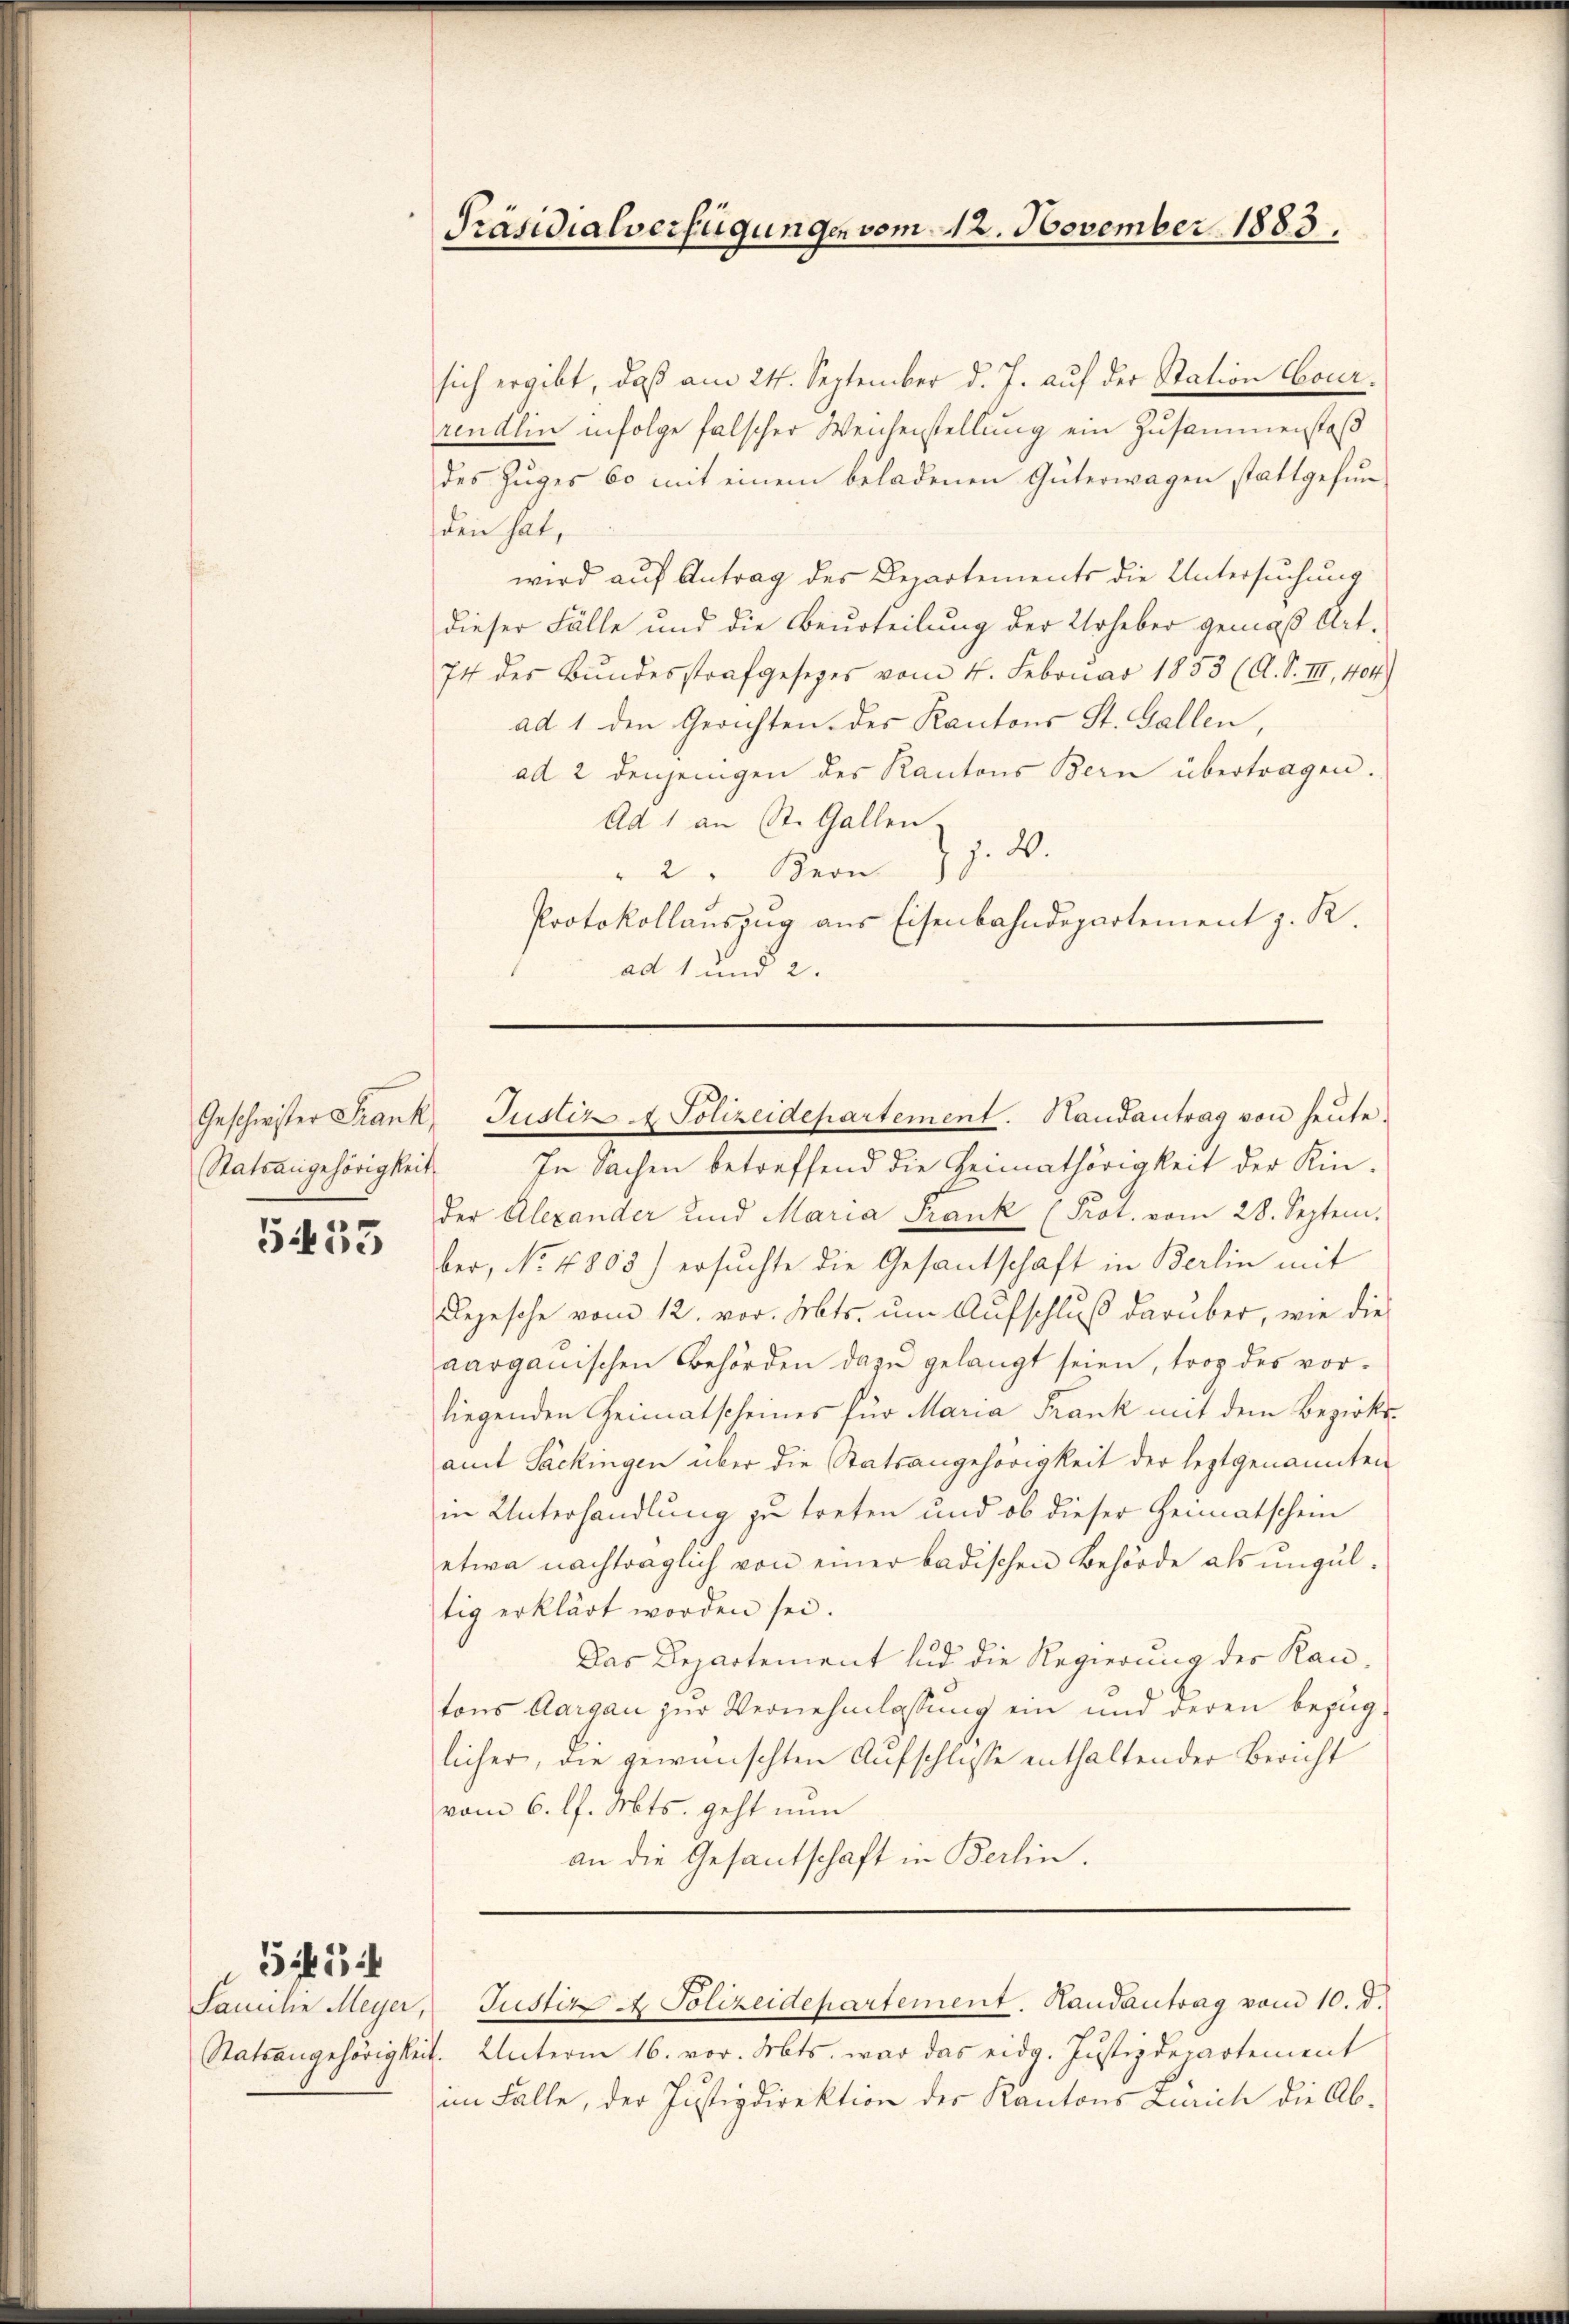
Statsangehörigkeit

5455

515 i

Präsidialverfügungen vom 12. November 1883.

sich ergibt, daß am 21. September d. J. auf der Station Courrendlin infolge falscher Weichenstellung ein Zusammenstoß
des Zŭger 60 mit einem beladenen Güterwagen stattgefŭn
den hat,
wird auf Antrag des Departements die Untersuchung
dieser Fälle und die Beurteilung der Urheber gemäß Art.
74 des Bundesstrafgesetzes vom 4. Februar 1853 (A. S. III., 404)
ad 1 den Gerichten des Kantons St. Gallen,
ad 2 denjenigen des Kantons Bern übertragen.
Ad 1 an St. Gallen.
" 2. Bern J. J. W.
Protokollauszug aus Eisenbahndepartement z. R.
ad 1 und 2.

Geschwister Frank, Justiz & Polizeidepartement. Handantrag von heute.

In Sachen betreffend die Heimathörigkeit der Kin-
der Alexander und Maria Frank (Prot. vom 28. Septem-
ber, No. 4803) ersuchte die Gesantschaft in Berlin mit
Depesche vom 12. vor. Mts. um Aufschluß darüber, wie die
aarganischen Behörden dazu gelangt seien, trop des vorliegenden Heimatscheines für Maria Frank mit dem Bezirks-
amt Packingen über die Statsangehörigkeit der leztgenannten
in Unterhandlung zu treten und ob dieser Heimatschein
etwa nachträglich von einer badischen Behörde als ungultig erklärt worden sei.
Das Departement und die Regierung der Rautons Aargau zur Vernehmlassung ein und deren bezuglicher, die gewünschten Aufschlosse enthaltender Bericht
vom 6. l. Mts. geht nun
an die Gesantschaft in Berlin.

Familie Meyer, Justiz A Polizeidepartement. Handantrag vom 10. d.
Statsangehörigkeit. Unterm 16. vor. Mts. war das eidg. Justizdepartement
im Falle, der Justizdirektion der Kantons Zürich die Ab¬